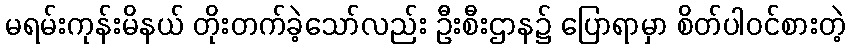
မရမ်းကုန်းမိနယ် တိုးတက်ခဲ့သော်လည်း ဦးစီးဌာန၌ ပြောရာမှာ စိတ်ပါဝင်စားတဲ့